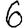
Digit: 6